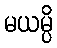
မယမ္ပိ